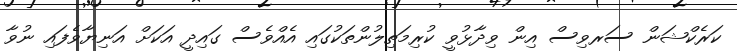
ކަރެކްޝަން ސަރވިސް އިން ވިދާޅުވީ ކުރިމަތިލުންތަކުގައި އެއްވެސް ގައިދީ އަކަށް އަނިޔާވެފައި ނުވާ